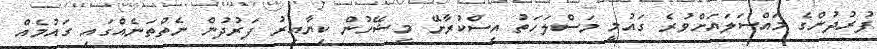
ފުރުދުންގެ މައްސަލައަށްވުރެ ގައުމީ މަސްލަހަތު އިސްކުރާށޭ މިޝޭހުން ކިޔާއިރު ފަރުދުން ނެތްތަނެއްގައި ގައުމެއް